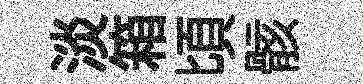
淡箱頃骸